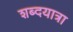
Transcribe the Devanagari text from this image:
शब्दयात्रा